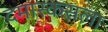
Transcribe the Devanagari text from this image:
दमास्कसला